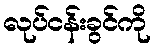
လုပ်ငန်းခွင်ကို